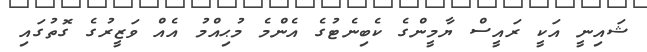
ޝައިނީ އަކީ ރައީސް ޔާމީންގެ ކެބިނެޓުގެ އެންމެ މުޙިއްމު އެއް ވަޒީރުގެ ގޮތުގައި